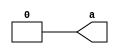
module logic_0_1 (
    output a
);
  assign a = 0;
endmodule